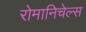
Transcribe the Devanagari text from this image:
रोमानिचेल्स